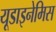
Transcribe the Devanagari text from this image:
यूडाइनेमिस